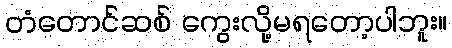
တံတောင်ဆစ် ကွေးလို့မရတော့ပါဘူး။